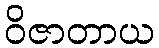
ဝိဇာတာယ